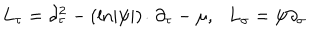
L _ { \tau } = \partial _ { \tau } ^ { 2 } - ( \mathrm { l n } | \psi | ) \dot { } \, \partial _ { \tau } - \mu , \, \, \, \, L _ { \sigma } = \psi \partial _ { \sigma }